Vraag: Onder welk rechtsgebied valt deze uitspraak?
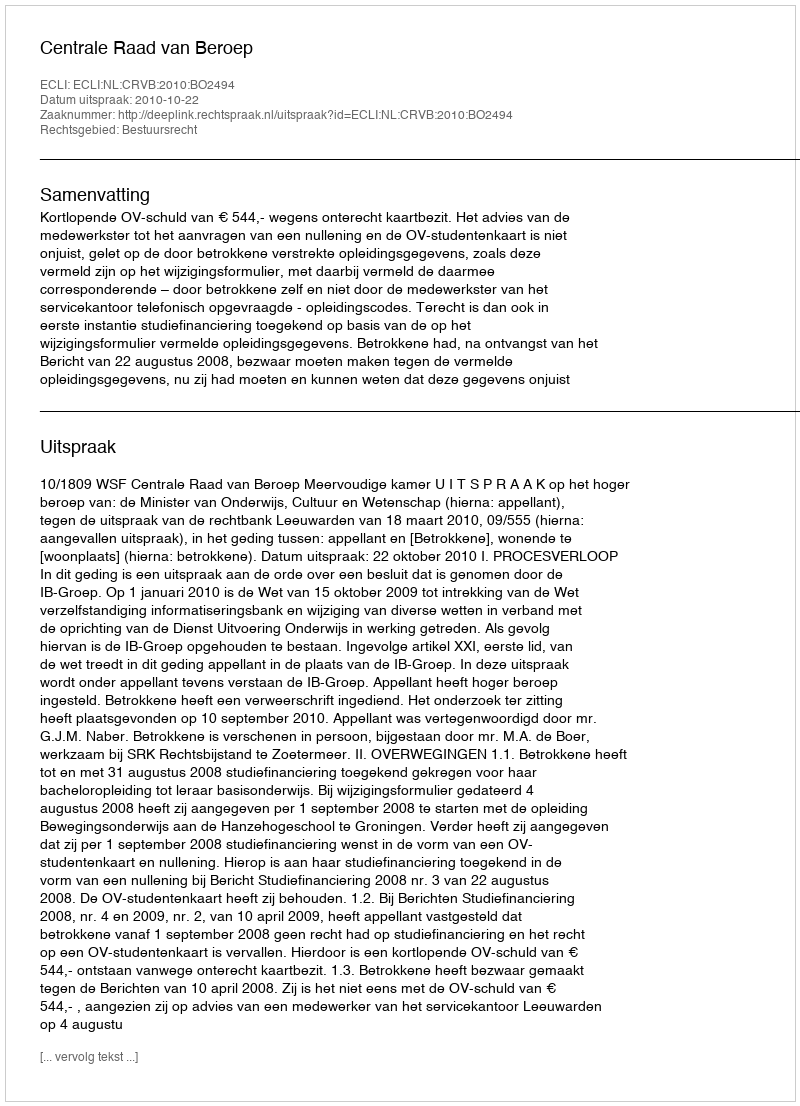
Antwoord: Bestuursrecht